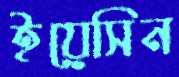
ইয়েসিন